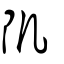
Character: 𨸔